Senior Leaving Certificate Examination (including Day School Certificate (Higher) General paper), 1948
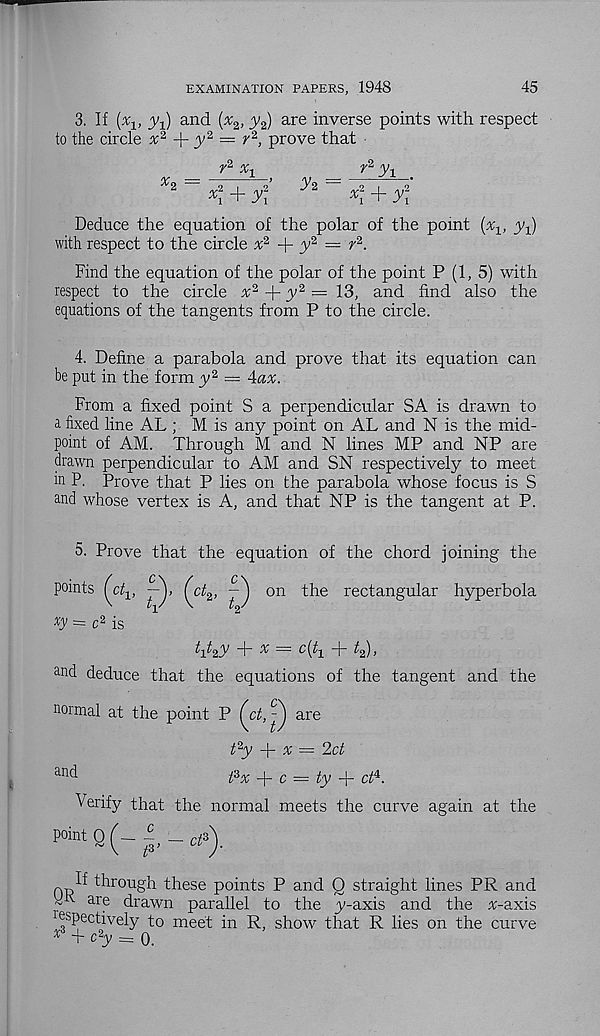
EXAMINATION PAPERS, 1948
45
3. If (%, y-t) and (x z , y 2 ) are inverse points with respect
to the circle x 2 +^2 = r 2 , prove that
r* %
K + yf
y 2
r* y-j,
9 i
9
x ! + yi
Deduce the equation of the polar of the point (% 1 , y^}
with respect to the circle % 2 + ^y 2 = r 2 .
Find the equation of the polar of the point P (1, 5) with
respect to the circle a; 2 + ^y 2 = 13, and find also the
equations of the tangents from P to the circle.
4. Define a parabola and prove that its equation can
be put in the form y* = Aax.
From a fixed point S a perpendicular SA is drawn to
a. fixed line AL ; M is any point on AL and N is the mid-
point of AM. Through M and N lines MP and NP are
drawn perpendicular to AM and SN respectively to meet
in P. Prove that P lies on the parabola whose focus is S
and whose vertex is A, and that NP is the tangent at P.
5. Prove that the equation of the chord joining the
points (ct-y,
U
on the rectangular hyperbola
xy = c 2 is
kky + X= city + t % ),
and deduce that the equations of the tangent and the
normal at the point P (ct, ^ are
t % y
x — 2ct
and
fix + c = ty + ay
Verify that the normal meets the curve again at the
point 0
t 3 , — ct 3 ).
through these points P and Q straight lines PR and
are drawn parallel to the y-axis and the %-axis
respectively to meet in R, show that R lies on the curve
x + c 2 y = 0.